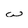
Character: w